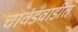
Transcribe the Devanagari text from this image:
चावंडवाडीत